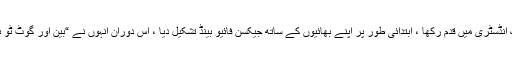
انہوں نے محض 5 سال کی عمر میں میوزک انڈسٹری میں قدم رکھا ، ابتدائی طور پر اپنے بھائیوں کے ساتھ جیکسن فائیو بینڈ تشکیل دیا ، اس دوران انہوں نے “بین اور گوٹ ٹو بی ہو” جیسی انتہائی کامیاب البمز جاری کیں۔